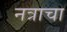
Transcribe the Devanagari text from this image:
नत्राचा